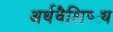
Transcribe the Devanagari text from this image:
अर्थवैशिष्ट्य